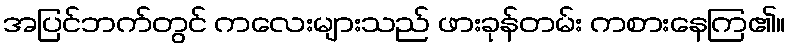
အပြင်ဘက်တွင် ကလေးများသည် ဖားခုန်တမ်း ကစားနေကြ၏။